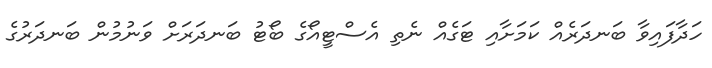
ހަދާފައިވާ ބަނދަރެއް ކަމަށާއި ޓަގެއް ނެތި އެސްޓީއޯގެ ބޯޓު ބަނދަރަށް ވަނުމުން ބަނދަރުގެ